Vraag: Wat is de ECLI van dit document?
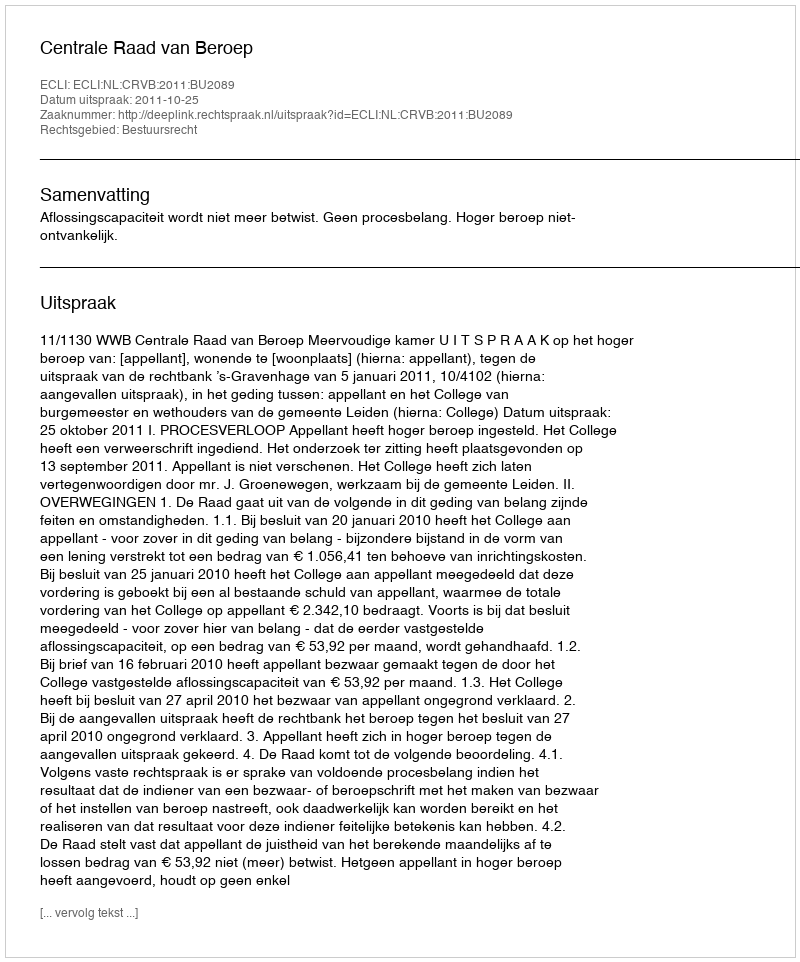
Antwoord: ECLI:NL:CRVB:2011:BU2089